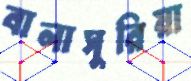
বালাসুরিয়া